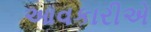
આવકારીએ